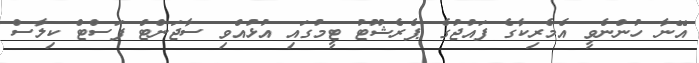
އޭނާ ހުންނެވީ އެމެރިކާގެ ފައުޖުގެ ޕެރެޝޫޓު ޓީމުގައި އުޅުއްވި ސާޖަންޓް ފަސްޓް ކިލާސް